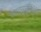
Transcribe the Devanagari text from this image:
रसवसुमूर्तिरिति